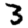
Digit: 3